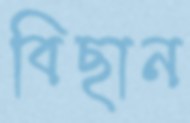
বিছান